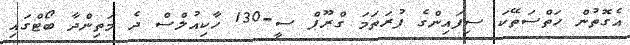
އެގޮތުން ހަތްސަތޭކަ ސިފައިންގެ ފުރަތަމަ ގްރޫޕް ސީ-130 ހާކިއުލްސް ދެ މަތިންދާ ބޯޓްގައި